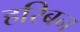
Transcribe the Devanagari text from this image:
हरिबन